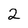
Character: 2